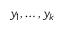
y _ { 1 } , \ldots , y _ { k }